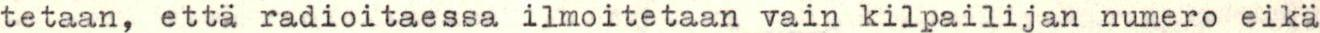
tetaan, että radioitaessa ilmoitetaan vain kilpailijan numero eikä